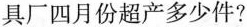
具厂四月份超产多少件？